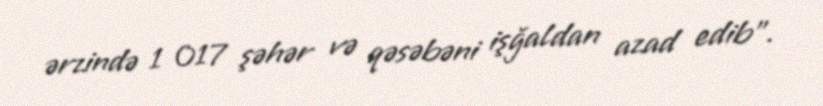
ərzində 1 017 şəhər və qəsəbəni işğaldan azad edib”.